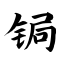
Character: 锔